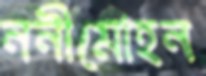
ননীমোহন